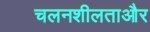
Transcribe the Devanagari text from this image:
चलनशीलताऔर